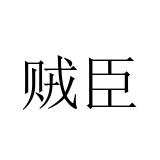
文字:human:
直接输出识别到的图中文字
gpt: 贼臣